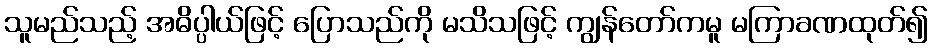
သူမည်သည့် အဓိပ္ပါယ်ဖြင့် ပြောသည်ကို မသိသဖြင့် ကျွန်တော်ကမူ မကြာခဏထုတ်၍